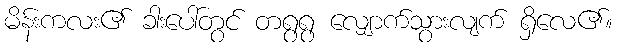
မိန်းကလး၏ ခါးပေါ်တွင် တရွရွ လျှောက်သွားလျက် ရှိလေ၏။